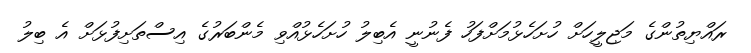
ރައްޔިތުންގެ މަޖިލީހަށް ހުށަހެޅުމަށްފަހު ފެނުނީ އެބިލު ހުށަހެޅުއްވި މެންބަރުގެ އިސްތަށިފުޅަށް އެ ބިލު